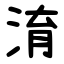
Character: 淯